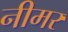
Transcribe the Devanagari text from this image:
नीमर